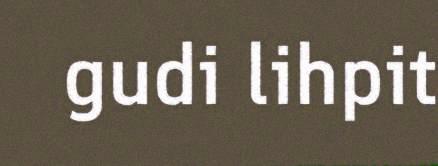
gudi lihpit